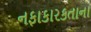
નફાકારકતાના